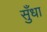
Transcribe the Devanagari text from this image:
सुँधा